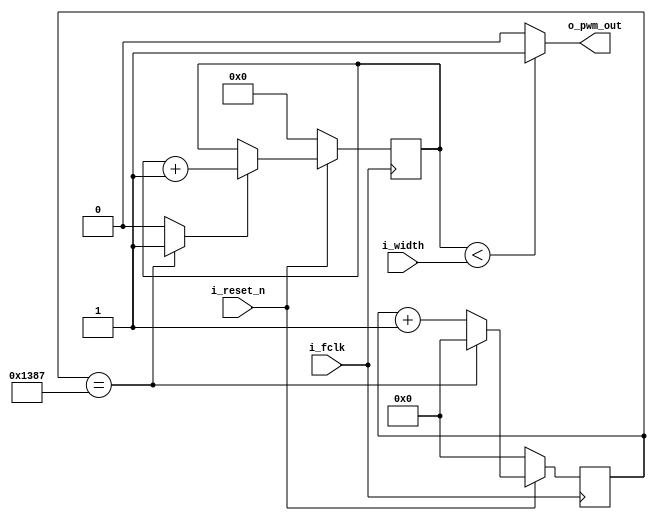
`timescale 1ns/100ps
module PWM #
(
    parameter integer CLOCK_FREQUENCY = 100_000_000,
    parameter integer OUTPUT_FREQUENCY = 20_000
)
(
    input wire i_fclk,
    input wire i_reset_n,
    input wire [7:0] i_width,
    output wire o_pwm_out
);

    reg [$clog2(CLOCK_FREQUENCY/OUTPUT_FREQUENCY)-1:0] clock_div;
    reg [7:0] out_width_reg;

    wire clock_tick;

    always @(posedge i_fclk) begin
        if(!i_reset_n) begin
            clock_div <= 'h0;
        end else begin
            if(clock_div == CLOCK_FREQUENCY/OUTPUT_FREQUENCY-1)
                clock_div <= 'h0;
            else    
                clock_div <= clock_div + 1'b1;
        end
    end

    assign clock_tick = clock_div == CLOCK_FREQUENCY/OUTPUT_FREQUENCY-1 ? 1'b1 : 1'b0;

    always @(posedge i_fclk) begin
        if(!i_reset_n) begin
            out_width_reg <= 'h0;
        end else begin
            if(clock_tick)
                out_width_reg <= out_width_reg + 1'b1;
        end
    end

    assign o_pwm_out = out_width_reg < i_width ? 1'b1: 1'b0;

endmodule